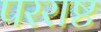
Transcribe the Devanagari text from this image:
परराष्ट